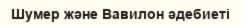
Шумер және Вавилон әдебиеті